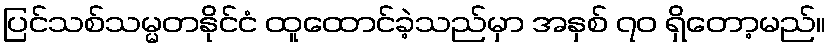
ပြင်သစ်သမ္မတနိုင်ငံ ထူထောင်ခဲ့သည်မှာ အနှစ် ၇၀ ရှိတော့မည်။